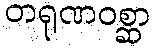
တရုဏဝစ္ဆာ